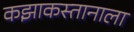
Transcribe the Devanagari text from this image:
कझाकस्तानाला